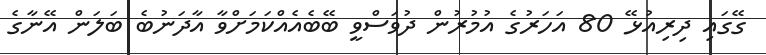
ގޭގައި ދިރިއުޅޭ 80 އަހަރުގެ އުމުރުން ދުވަސްވީ ބޭބެއެއްކަމަށްވާ އާދަނުބެ ބަލަން އޭނާގެ